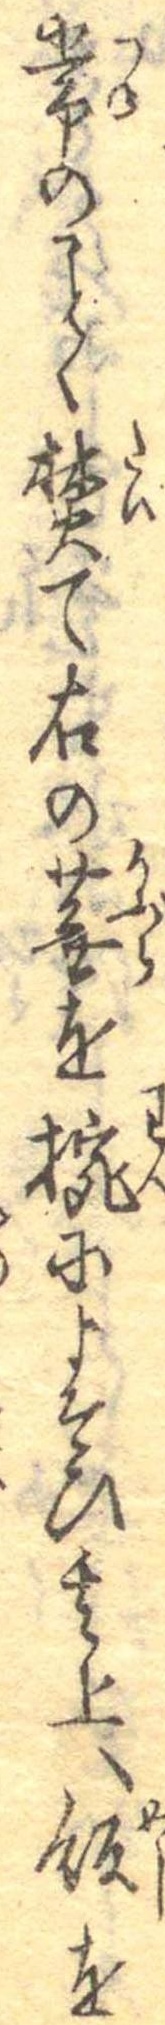
常のことく焚て右の蕪を椀によそひ其上へ飯を